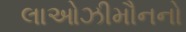
લાઓઝીમૌનનો